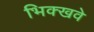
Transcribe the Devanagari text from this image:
भिक्खवे